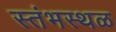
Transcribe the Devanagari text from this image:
स्तंभस्थळ